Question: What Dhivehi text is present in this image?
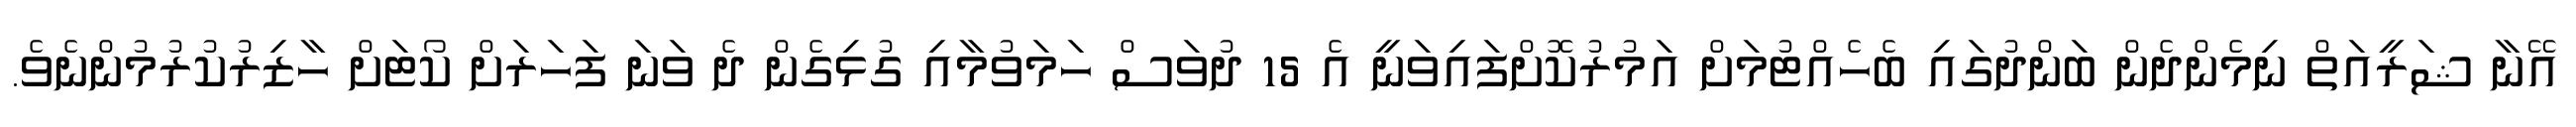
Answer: އޭނާ ޝަރީއަތް ނިމެންދެން ބަންދުގައި ބެހެއްޓުމަށް އަމުރުކޮށްފައިވަނީ އެ 15 ދުވަސް ހަމަވުމާއި ގުޅިގެން ދެ ވަނަ ފަހަރަށް ކޯޓަށް ހާޒިރުކުރުމުންނެވެ.